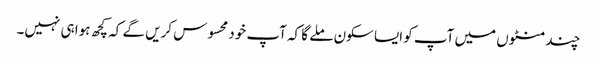
چند منٹوں میں آپ کو ایسا سکون ملے گا کہ آپ خود محسوس کریں گے کہ کچھ ہوا ہی نہیں۔